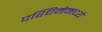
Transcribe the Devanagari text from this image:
पश्चिमेमध्ये